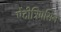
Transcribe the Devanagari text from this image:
ऐंटीट्रिपसिन